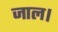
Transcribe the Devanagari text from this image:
जाल।